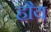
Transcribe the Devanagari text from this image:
हौय